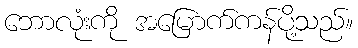
ဘောလုံးကို အမြောက်ကန်ပို့သည်။